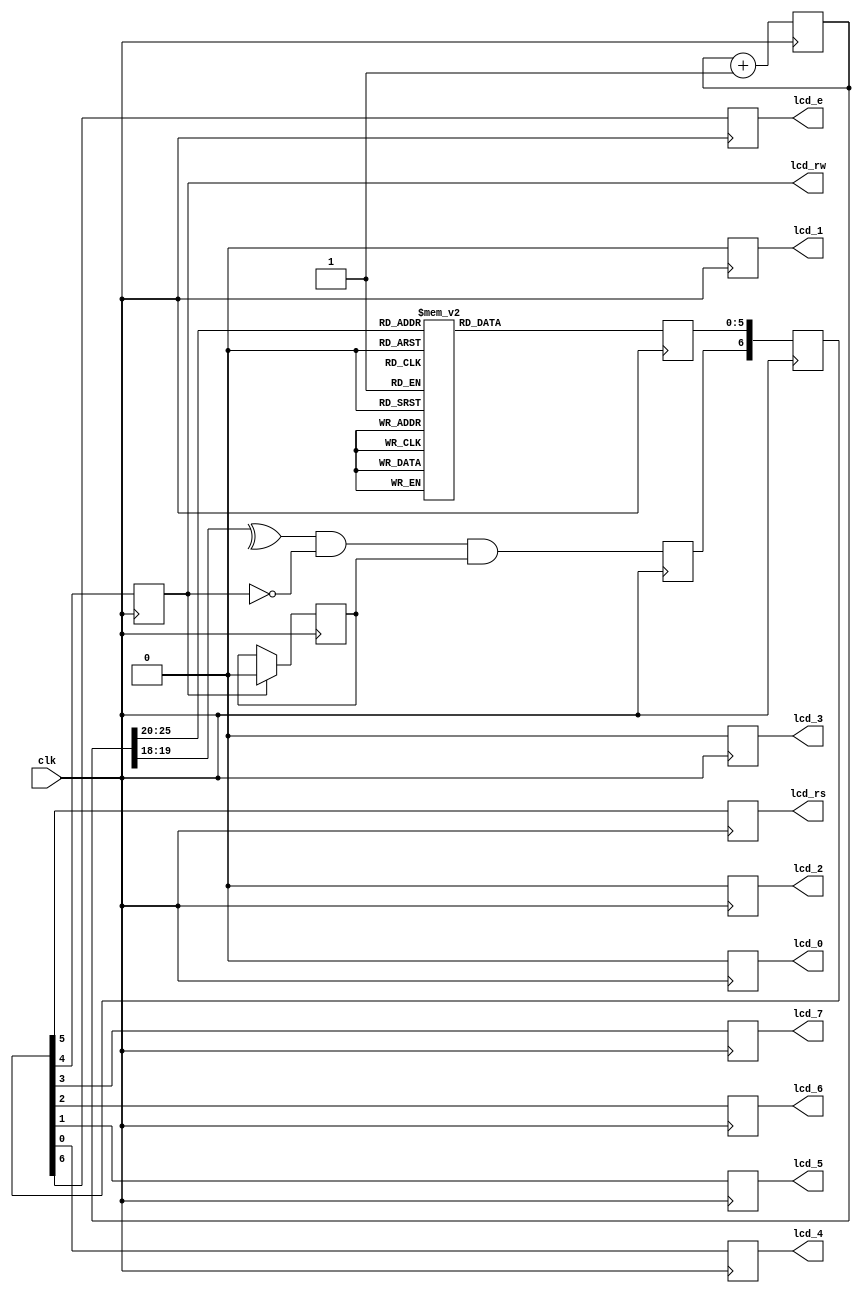
module lcd (clk, lcd_rs, lcd_rw, lcd_e, lcd_0, lcd_1, lcd_2, lcd_3, lcd_4, lcd_5, lcd_6, lcd_7);
                    parameter       k = 18;

//  (* LOC="E12" *)    input           clk;        // synthesis attribute PERIOD clk "50 MHz"
//                    reg   [k+8-1:0] count=0;
//  (* LOC="W20" *)   output reg      NF_CEn;     // high for full LCD access
//                    reg             lcd_busy=1;
//                    reg             lcd_stb;
//                    reg       [5:0] lcd_code;
//                    reg       [6:0] lcd_stuff;
//  (* LOC="Y14" *)   output reg      lcd_rs;
//  (* LOC="W13" *)   output reg      lcd_rw;
//  (* LOC="Y15" *)   output reg      lcd_7;
//  (* LOC="AB16" *)   output reg      lcd_6;
//  (* LOC="Y16" *)   output reg      lcd_5;
//  (* LOC="AA12" *)   output reg      lcd_4;
   input           clk;        // synthesis attribute PERIOD clk "50 MHz"
                    reg   [k+8-1:0] count=0;
                    reg             lcd_busy=1;
                    reg             lcd_stb;
                    reg       [5:0] lcd_code;
                    reg       [6:0] lcd_stuff;
   output reg      lcd_rs;
   output reg      lcd_rw;
   output reg      lcd_7;
   output reg      lcd_6;
   output reg      lcd_5;
   output reg      lcd_4; 
     output reg      lcd_3;
     output reg      lcd_2;
     output reg      lcd_1;
     output reg      lcd_0;
   output reg      lcd_e;

  always @ (posedge clk) begin
    count  <= count + 1;

 lcd_0 <= 0;
 lcd_1 <= 0;
 lcd_2 <= 0;
 lcd_3 <= 0;
	
    case (count[k+7:k+2])
       0: lcd_code <= 6'h03;        // power-on initialization
       1: lcd_code <= 6'h03;
       2: lcd_code <= 6'h03;
       3: lcd_code <= 6'h02;
       4: lcd_code <= 6'h02;        // function set
       5: lcd_code <= 6'h08;
       6: lcd_code <= 6'h00;        // entry mode set
       7: lcd_code <= 6'h06;
       8: lcd_code <= 6'h00;        // display on/off control
       9: lcd_code <= 6'h0C;
      10: lcd_code <= 6'h00;        // display clear
      11: lcd_code <= 6'h01;
		12: lcd_code <= 6'h22;        // *
      13: lcd_code <= 6'h2A;
      14: lcd_code <= 6'h22;        // SPC
      15: lcd_code <= 6'h20;
      16: lcd_code <= 6'h24;        // C
      17: lcd_code <= 6'h23;
      18: lcd_code <= 6'h24;        // O
      19: lcd_code <= 6'h2F;
      20: lcd_code <= 6'h24;        // L
      21: lcd_code <= 6'h2C;
      22: lcd_code <= 6'h24;        // E
      23: lcd_code <= 6'h25;
      24: lcd_code <= 6'h24;        // C
      25: lcd_code <= 6'h23;
      26: lcd_code <= 6'h24;        // O
      27: lcd_code <= 6'h2F;
      28: lcd_code <= 6'h25;        // V
      29: lcd_code <= 6'h26;
      30: lcd_code <= 6'h24;        // I
      31: lcd_code <= 6'h29;
      32: lcd_code <= 6'h25;        // S
      33: lcd_code <= 6'h23;
      34: lcd_code <= 6'h24;        // I
      35: lcd_code <= 6'h29;
		36: lcd_code <= 6'h24;        // O
      37: lcd_code <= 6'h2F;
		38: lcd_code <= 6'h24;        // N
      39: lcd_code <= 6'h2E;
		40: lcd_code <= 6'h22;        // SPC
      41: lcd_code <= 6'h20;
		42: lcd_code <= 6'h22;        // *
      43: lcd_code <= 6'h2A;
      default: lcd_code <= 6'h10;
    endcase
  if (lcd_rw)                     // comment-out for repeating display
    lcd_busy <= 0;                // comment-out for repeating display
  
    lcd_stb <= ^count[k+1:k+0] & ~lcd_rw & lcd_busy;  // clkrate / 2^(k+2)
    lcd_stuff <= {lcd_stb,lcd_code};
    {lcd_e,lcd_rs,lcd_rw,lcd_7,lcd_6,lcd_5,lcd_4} <= lcd_stuff;
  end
endmodule